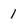
Character: 1